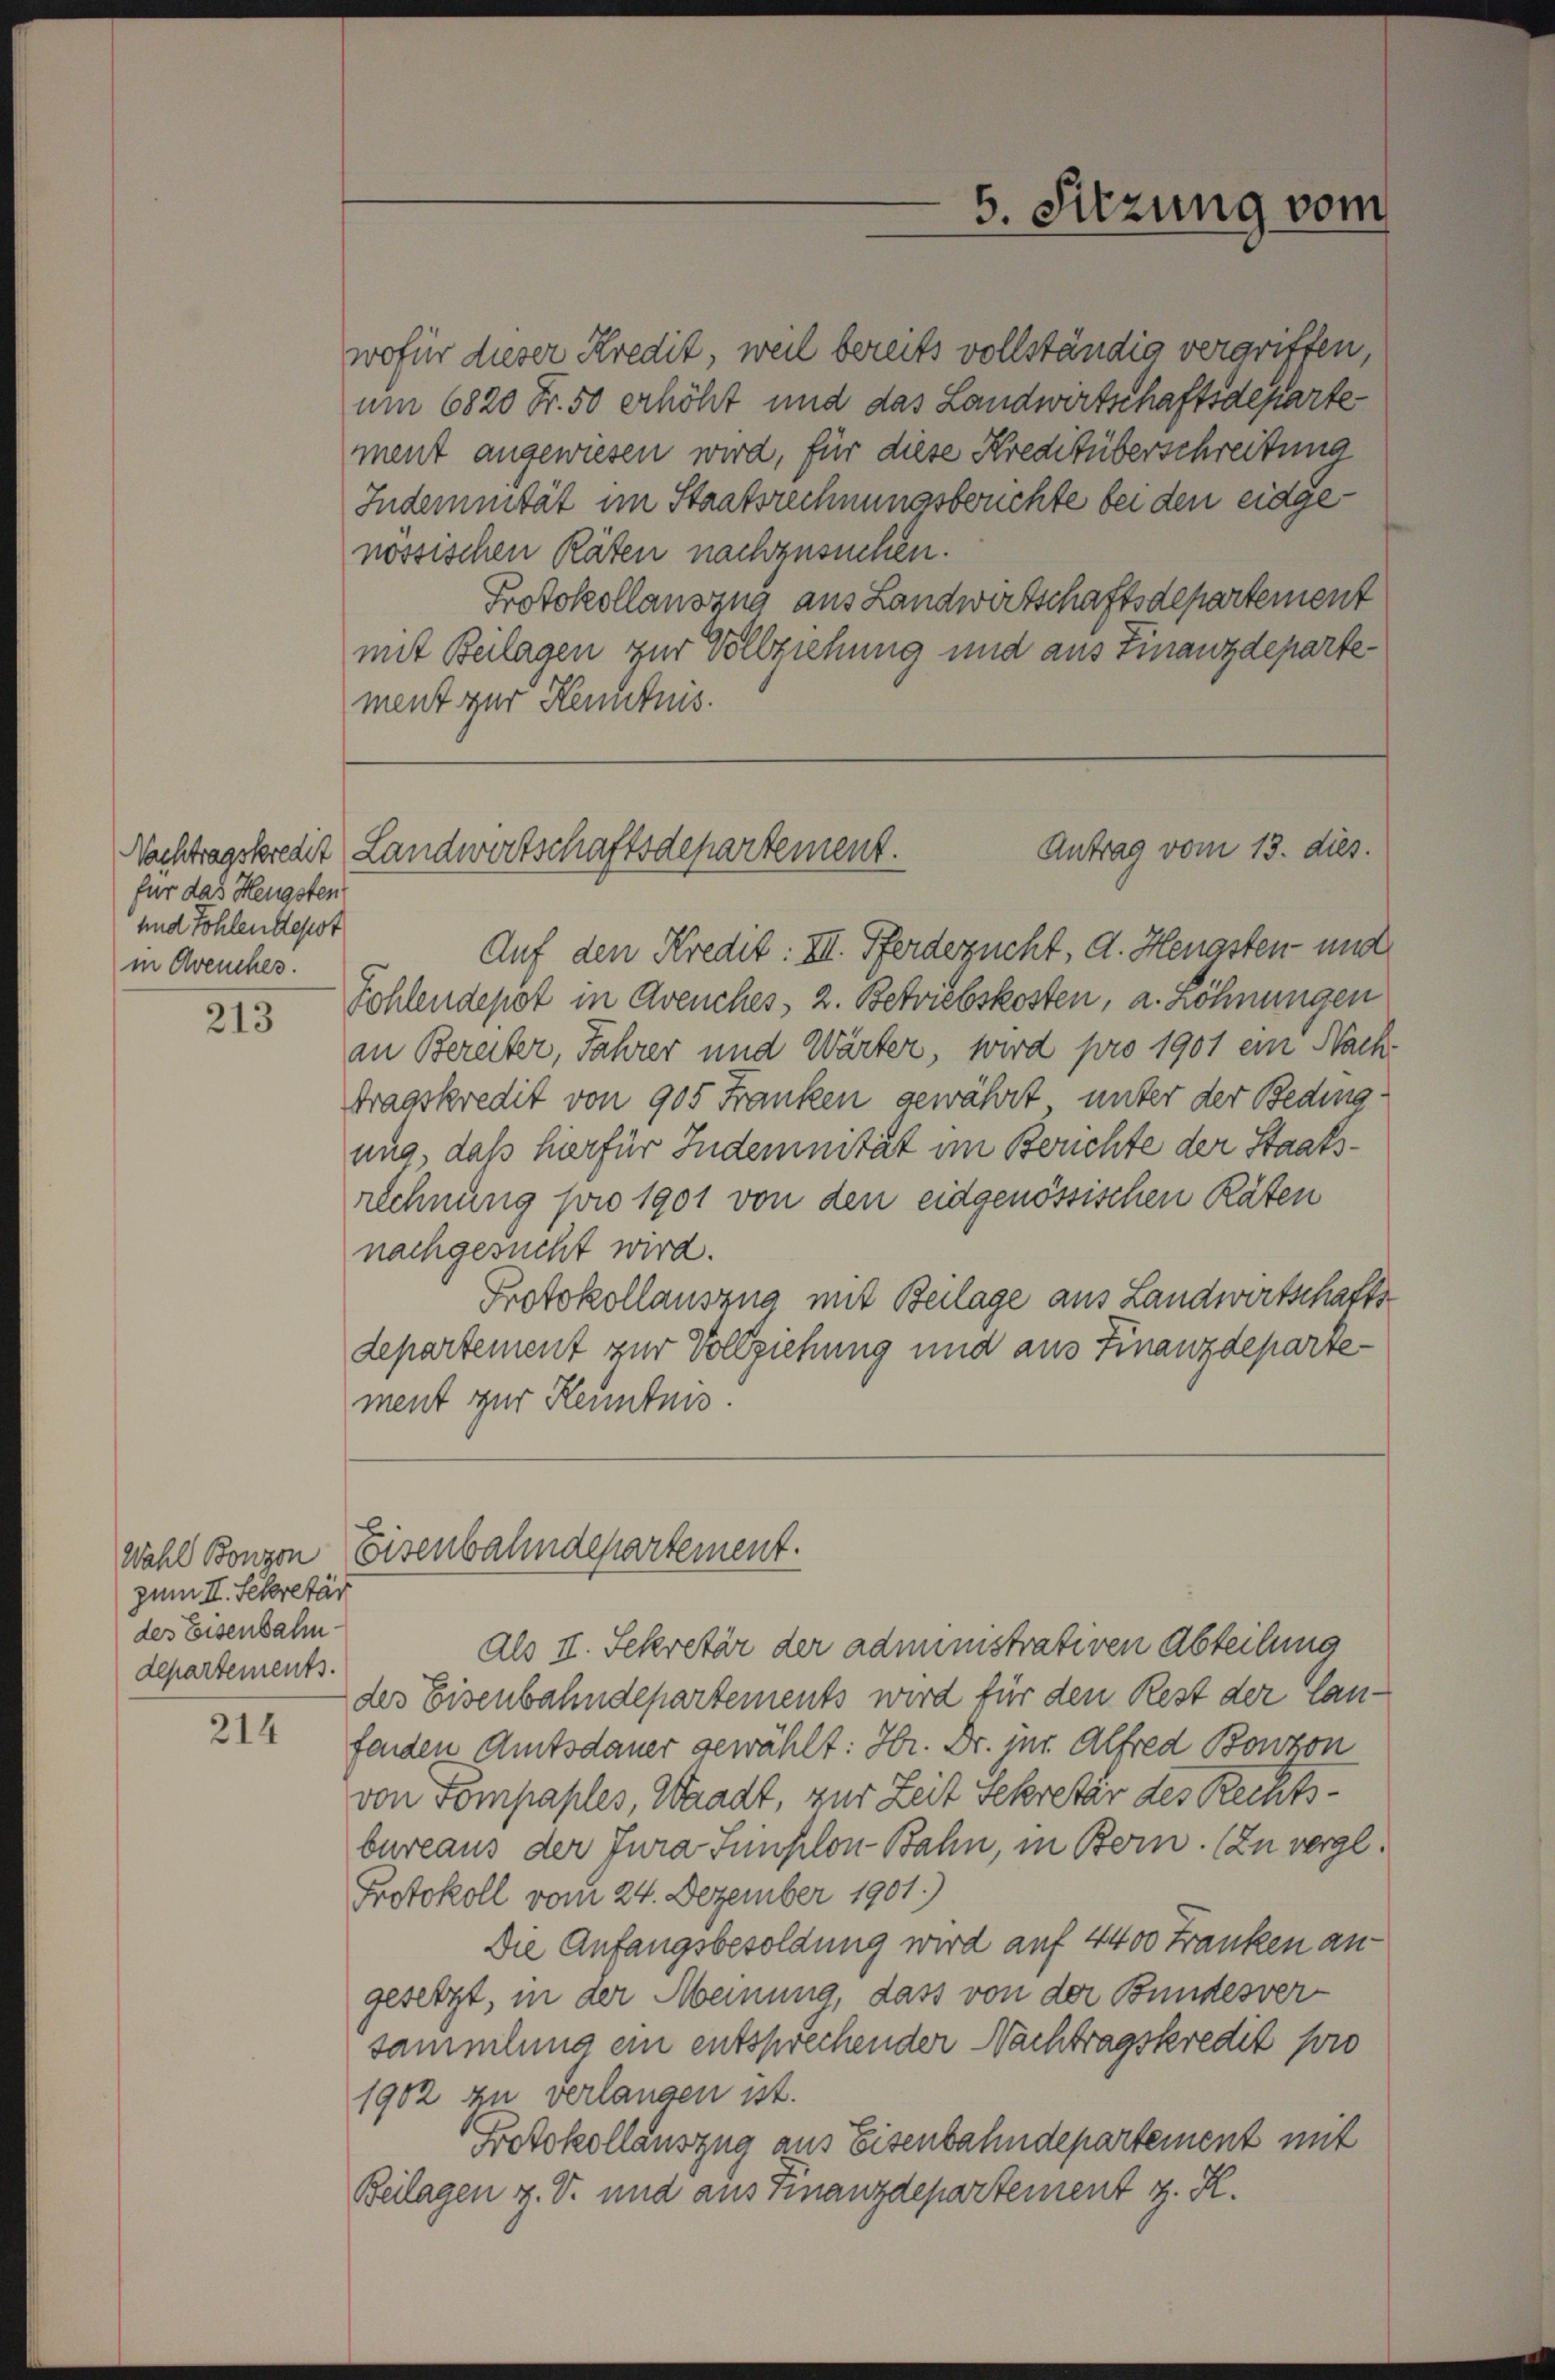
für das Hengsten
und Sohlendepot
in Avenches.

213

zum II. Sekretär
des Eisenbahn
departements.

214

nössischen Räten nachzusuchen.
Protokollauszug aus Landwirtschaftsdepartement
mit Beilagen zur Vollziehung und aus Finanzdepartement zur Kenntnis.

5. Sitzung vom

wofür dieser Kredit, weil bereits vollständig vergriffen,
um 6820 Fr. 50 erhöht und das Landwirtschaftsdeparte
ment angewiesen wird, für diese Kreditüberschreitung
Indemnität im Staatsrechnungsberichte bei den eidge¬

Auf den Kredit: III. Pferdezucht, d. Hengsten und
Sohlendepot in Avenches, 2. Betriebskosten, a. Zöhnungen
an Bereiter, Jahrer und Wärter, wird pro 1901 ein Nach-
tragskredit von 905 Franken gewährt, unter der Beding
ung, daß hier für Indemnität im Berichte der Staatsrechnung pro 1901 von den eidgenössischen Räten
nachgesucht wird.
Protokollauszug mit Beilage aus Landwirtschaftsdepartement zur Vollziehung und aus Finanzdepartement zur Kenntnis.

Antrag vom 13. dies.
Nachtragskredit Landwirtschaftsdepartement.

.
Wahl Bonzon eisenbahndepartement.

als II. Sekretär der administrativen Abteilung
des Eisenbahndepartements wird für den Rest der lanfenden Amtsdauer gewählt: Hr. Dr. jur. Alfred Bonzon
von Tompaples, Waadt, zur Zeit Sekretär des Rechtsbureaus der Jura Sunschon Bahn, in Bern. (Zu vergl.
Protokoll vom 24. Dezember 1901.)
Die Anfangsbesoldung wird auf 4400 Franken an-
gesetzt, in der Meinung, dass von der Bundesversammlung ein entsprechender Nachtragskredit pro
1902 zu verlangen ist.
Protokollauszug aus Eisenbahndepartement mit
Beilagen z. B. und aus Finanzdepartement z. R.